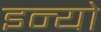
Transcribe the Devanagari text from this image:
इन्यो